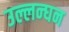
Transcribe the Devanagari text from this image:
उल्लन्घन